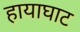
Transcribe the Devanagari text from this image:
हायाघाट